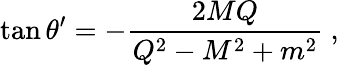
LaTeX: \tan\theta^{\prime}=-{\frac{2MQ}{Q^{2}-M^{2}+m^{2}}}\ ,